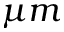
\mu m